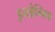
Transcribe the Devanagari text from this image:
इन्सोम्निक